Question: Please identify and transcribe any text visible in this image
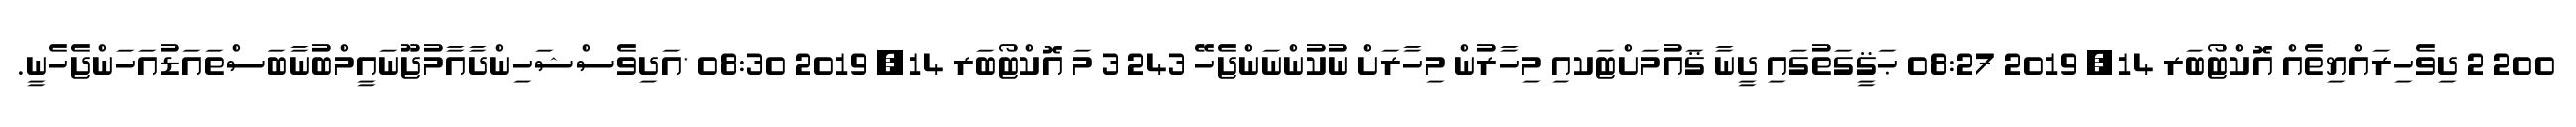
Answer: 200 2 ދިވެހިރައްޔިތެއް އޮކްޓޯބަރ 14, 2019 08:27 ޙަޤީގަތުގައި ދީނާ ޤައުމަށްޓަކއި މިހާރުން މިހާރަށް ނުކުންނަންޖެހޭ 243 3 މަ އޮކްޓޯބަރ 14, 2019 08:30 *އަދިވެސްޝަހިންދާއާމުޖޫނައީމްބުނާބަސްތައަޑުއަހަންޖެހެނީ.